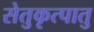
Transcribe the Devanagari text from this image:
सेतुकृत्पातु